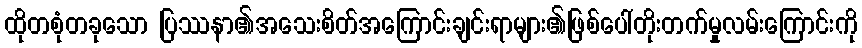
ထိုတစုံတခုသော ပြဿနာ၏အသေးစိတ်အကြောင်းချင်းရာများ၏ဖြစ်ပေါ်တိုးတက်မှုလမ်းကြောင်းကို